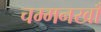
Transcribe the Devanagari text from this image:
चम्मनखाँ